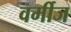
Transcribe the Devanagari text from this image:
वर्मीज